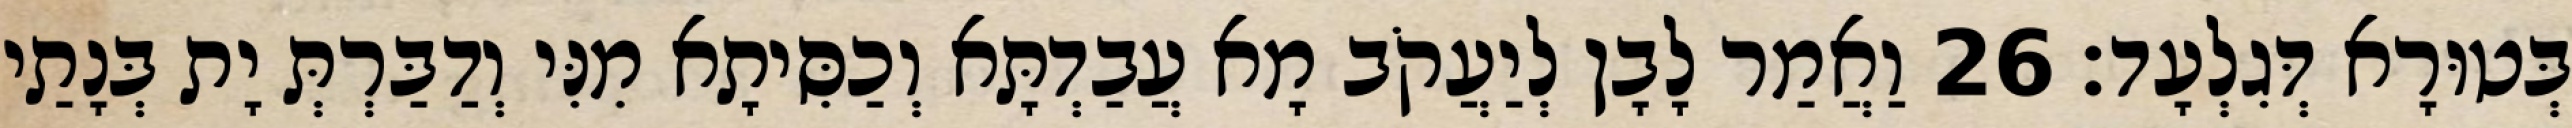
בְּטוּרָא דְּגִלְעָד׃ 26 וַאֲמַר לָבָן לְיַעֲקֹב מָא עֲבַדְתָּא וְכַסִּיתָא מִנִּי וְדַבַּרְתְּ יָת בְּנָתַי